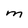
Character: m